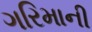
ગરિમાની